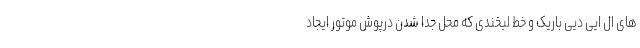
های ال ایی دیی باریک و خط لبخندی که محل جدا شدن درپوش موتور ایجاد